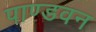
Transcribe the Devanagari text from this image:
पाण्डवन